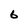
Character: 6